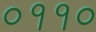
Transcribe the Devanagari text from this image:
०११०